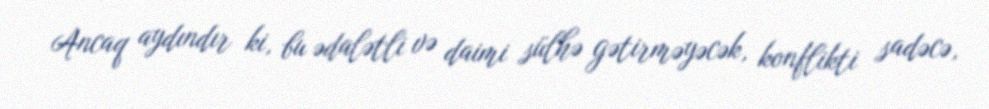
Ancaq aydındır ki, bu ədalətli və daimi sülhə gətirməyəcək, konflikti sadəcə,